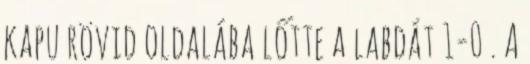
kapu rövid oldalába lőtte a labdát 1-0 . A